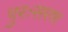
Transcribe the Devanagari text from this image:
पुरःसरण